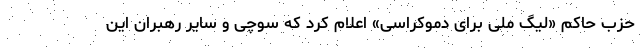
حزب حاکم «لیگ ملی برای دموکراسی» اعلام کرد که سوچی و سایر رهبران این